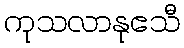
ကုသလာနုဧသီ